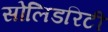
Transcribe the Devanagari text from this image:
सोलिडरिटी